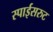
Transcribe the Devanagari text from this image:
स्पाईसरुट